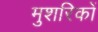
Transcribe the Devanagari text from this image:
मुशरिकों